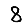
Digit: 8